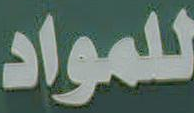
للمواد